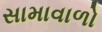
સામાવાળો